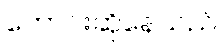
တောင်းဆိုနေသည်